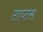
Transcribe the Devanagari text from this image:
टाय्टस